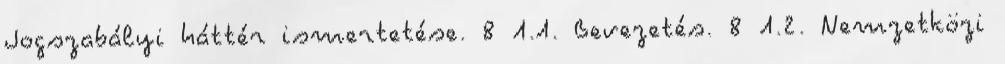
Jogszabályi háttér ismertetése. 8 1.1. Bevezetés. 8 1.2. Nemzetközi